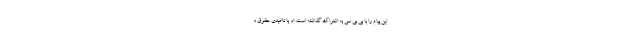
این پیام را با بی بی سی به اشتراک گذاشته است. او با ناامیدی حقوق و